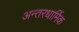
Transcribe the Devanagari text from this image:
अन्तरधार्मिक